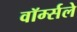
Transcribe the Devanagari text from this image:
वॉर्म्सले